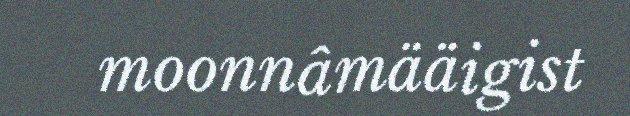
moonnâmääigist